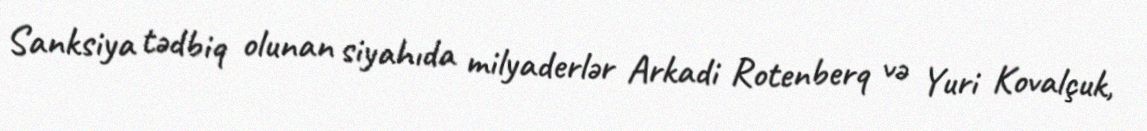
Sanksiya tədbiq olunan siyahıda milyaderlər Arkadi Rotenberq və Yuri Kovalçuk,